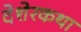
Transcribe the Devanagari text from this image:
देशेरकथा